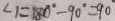
\angle 1 = 1 8 0 ^ { \circ } - 9 0 ^ { \circ } = 9 0 ^ { \circ }